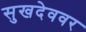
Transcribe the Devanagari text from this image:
सुखदेववर